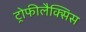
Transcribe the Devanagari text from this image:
ट्रोफीलैक्सिस